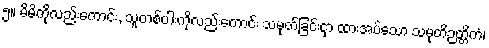
၅။ မိမိကိုလည်းကောင်း, သူတစ်ပါးကိုလည်းကောင်း သမုတ်ခြင်းငှာ ထားအပ်သော သမုတိဉတ္တိကံ၊